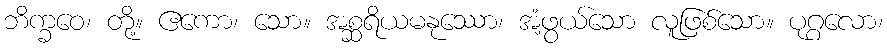
ဘိက္ခဝေ၊ တို့။ ဧကော၊ သော။ အစ္ဆရိယမနုဿော၊ အံ့ဖွယ်သော လူဖြစ်သော။ ပုဂ္ဂလော၊